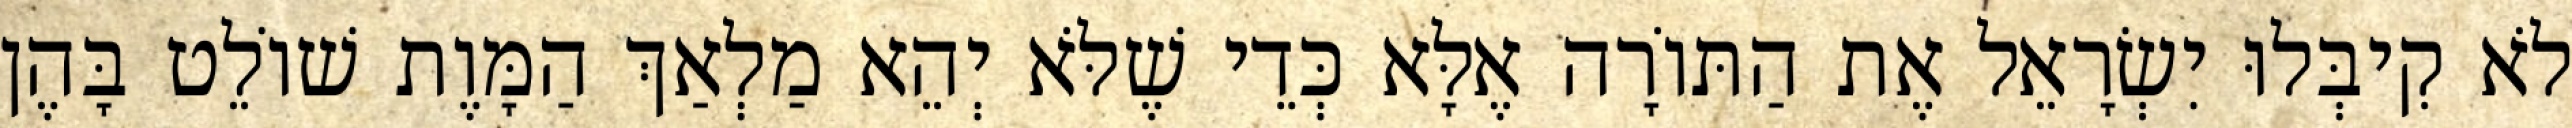
לֹא קִיבְּלוּ יִשְׂרָאֵל אֶת הַתּוֹרָה אֶלָּא כְּדֵי שֶׁלֹּא יְהֵא מַלְאַךְ הַמָּוֶת שׁוֹלֵט בָּהֶן